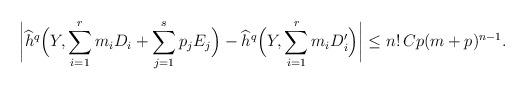
LaTeX: \begin{align*}\biggl| \widehat{h}^q \Bigl(Y, \sum_{i=1}^{r} m_i D_i + \sum_{j=1}^s p_jE_j\Bigr) - \widehat{h}^q \Bigl(Y, \sum_{i=1}^r m_i D_i' \Bigr) \biggr| \leq n! \, C p (m+p)^{n-1}.\end{align*}